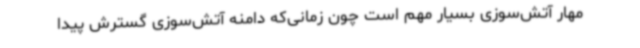
مهار آتش‌سوزی بسیار مهم است چون زمانی‌که دامنه آتش‌سوزی گسترش پیدا